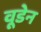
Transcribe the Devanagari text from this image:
वूडेन